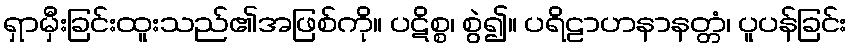
ရှာမှီးခြင်းထူးသည်၏အဖြစ်ကို။ ပဋိစ္စ၊ စွဲ၍။ ပရိဠာဟနာနတ္တံ၊ ပူပန်ခြင်း